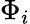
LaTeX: \Phi_{i}